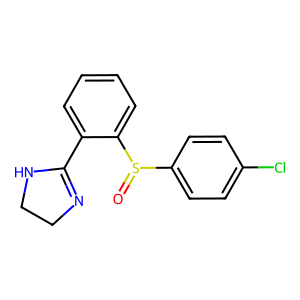
SMILES: O=S(c1ccc(Cl)cc1)c1ccccc1C1=NCCN1
Inhibits HIV replication: No